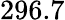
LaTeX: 296.7